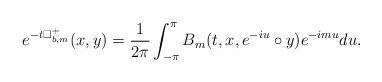
LaTeX: \begin{align*} e^{-t\Box^+_{b,m}}(x,y)=\frac{1}{2\pi}\int_{-\pi}^{\pi} B_m(t,x,e^{-iu}\circ y)e^{-imu}du.\end{align*}